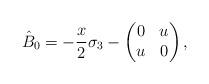
LaTeX: \begin{gather*}\hat{B}_0=-\frac{x}{2}\sigma_3-\begin{pmatrix}0&u\\ u&0\end{pmatrix},\end{gather*}